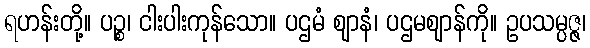
ရဟန်းတို့။ ပဉ္စ၊ ငါးပါးကုန်သော။ ပဌမံ ဈာနံ၊ ပဌမဈာန်ကို။ ဥပသမ္ပဇ္ဇ၊